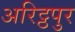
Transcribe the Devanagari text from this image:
अरिट्ठपुर